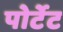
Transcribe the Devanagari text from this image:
पोर्टेट